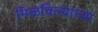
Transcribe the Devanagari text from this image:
मिळविल्याच्या